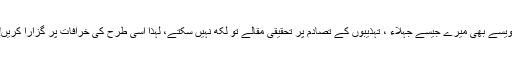
ویسے بھی میرے جیسے جہلاء ، تہذیبوں کے تصادم پر تحقیقی مقالے تو لکھ نہیں سکتے، لہذا اسی طرح کی خرافات پر گزارا کریں!